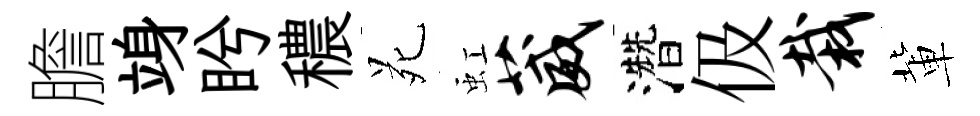
膽竧盻穠苑虹葳濳伋栽軰